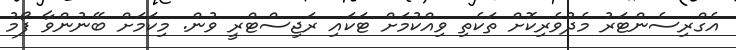
އެގްރިސެންޓަރު މެދުވެރިކޮށް ތަކެތި ވިއްކުމަށް ޓަކައި ރަޖިސްޓްރީ ވުން. މިކަމަށް ބޭނުންވާ ފޯމު